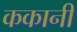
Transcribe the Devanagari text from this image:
ककानी